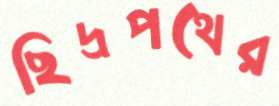
ছিদ্রপথের